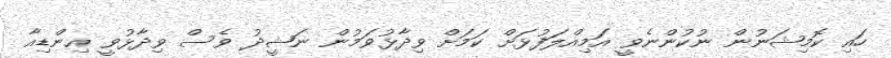
ހައި ކޮމިޝަނުން ނުކުންނެވީ އަމިއްލަފުޅަށް ކަމަށް ވިދާޅުވަމުން ނަޝީދު ވެސް ވިދާޅުވީ އިންޑިއާ